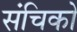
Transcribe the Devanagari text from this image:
संचिको